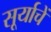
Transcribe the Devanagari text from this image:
सूर्याचें